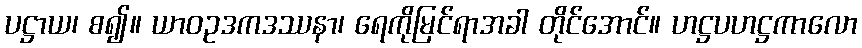
ပဋ္ဌာယ၊ စ၍။ ယာဝဥဒကဒဿနာ၊ ရေကိုမြင်ရာအခါ တိုင်အောင်။ ဟဋ္ဌပဟဋ္ဌကာလော